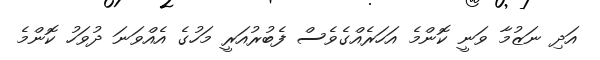
އަދި ނަޒުމާ ވަނީ ކޮންމެ އަހަރެއްގެވެސް ފެބުރުއަރީ މަހުގެ އެއްވަނަ ދުވަހު ކޮންމެ